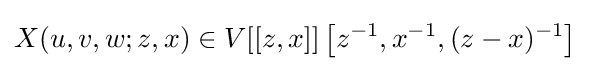
X(u,v,w;z,x)\in V[[z,x]]\left[z^{-1},x^{-1},(z-x)^{-1}\right]